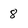
Character: 8